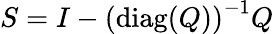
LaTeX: S=I-\left(\operatorname{diag}(Q)\right)^{-1}Q